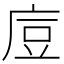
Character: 㢄